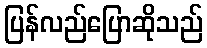
ပြန်လည်ပြောဆိုသည်